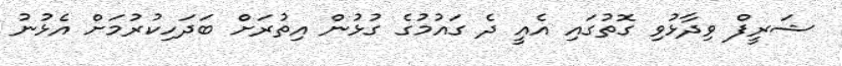
ޝަރީފް ވިދާޅުވި ގޮތުގައި އެއީ ދެ ގައުމުގެ ގުޅުން އިތުރަށް ބަދަހިކުރުމަށް އެޅުނު